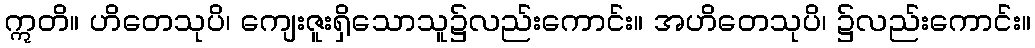
ဣတိ။ ဟိတေသုပိ၊ ကျေးဇူးရှိသောသူ၌လည်းကောင်း။ အဟိတေသုပိ၊ ၌လည်းကောင်း။